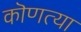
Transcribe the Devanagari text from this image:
कॊणत्या